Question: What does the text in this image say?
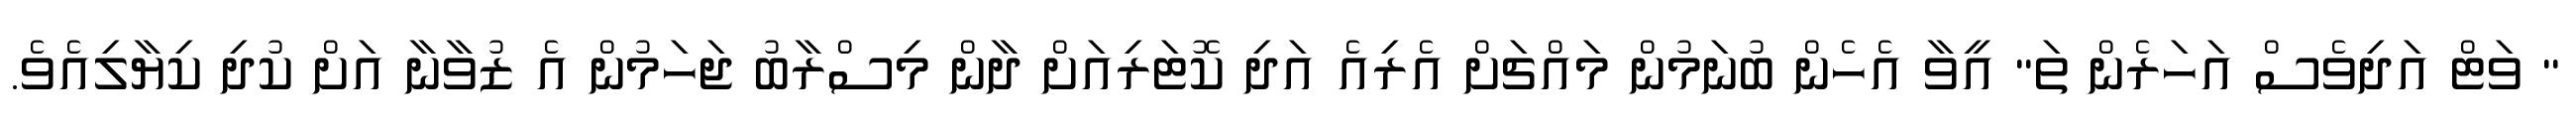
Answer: " ވަޓް އަދިވެސް އަހަރެން ތަ" އީވާ އެހެން ބުނަމުން މައްޗަށް އެރިއެ އަދި ކޮޓަރިއަށް ދާން މިސްރާބު ޖަހަމުން އެ ޒުވާނާ އަށް ކުދި ކިޔާލިއެވެ.